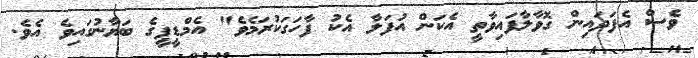
ވެސް އެފަދައިން ގޮވާލާފައިވާތީ އެކަން އުފަލާ އެކު ފާހަގަކުރަމެވެ" އެމްޑީޕީގެ ބަޔާނުގައިވެ އެވެ.